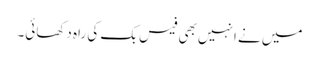
میں نے انہیں بھی فیس بک کی راہ دکھائی۔